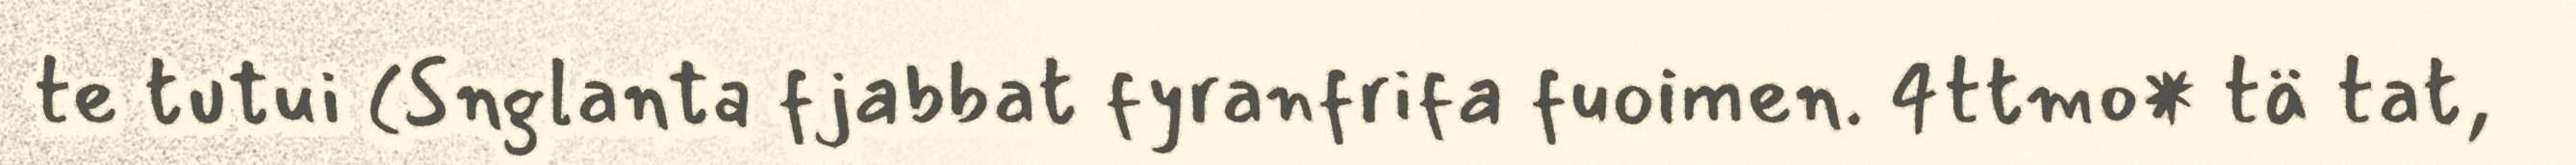
te tutui (Snglanta fjabbat fyranfrifa fuoimen. 4ttmo* tä tat,